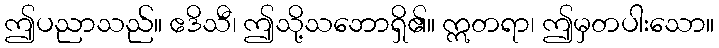
ဤပညာသည်။ ဧဒိသီ၊ ဤသို့သဘောရှိ၏။ ဣတရာ၊ ဤမှတပါးသော။